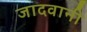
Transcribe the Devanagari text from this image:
जादवानी